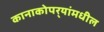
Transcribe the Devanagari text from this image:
कानाकोपर्‍यांमधील